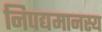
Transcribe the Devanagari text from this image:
निपद्यमानस्य